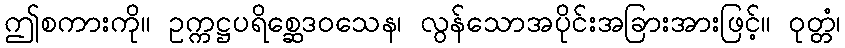
ဤစကားကို။ ဥက္ကဋ္ဌပရိစ္ဆေဒဝသေန၊ လွန်သောအပိုင်းအခြားအားဖြင့်။ ဝုတ္တံ၊